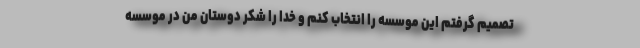
تصمیم گرفتم این موسسه را انتخاب کنم و خدا را شکر دوستان من در موسسه